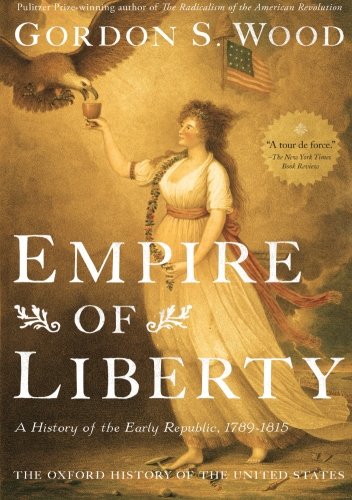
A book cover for Empire of Liberty: A History of the Early Republic, 1789-1815 (Oxford History of the United States); Gordon S. Wood; History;